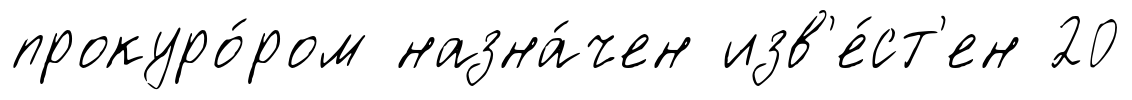
прокуро́ром назна́чен изв'е́ст'ен 20